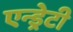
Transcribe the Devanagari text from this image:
एन्ड्रेटी